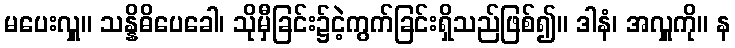
မပေးလှူ။ သန္နိဓိပေခေါ၊ သိုမှီခြင်း၌ငဲ့ကွက်ခြင်းရှိသည်ဖြစ်၍။ ဒါနံ၊ အလှူကို။ န